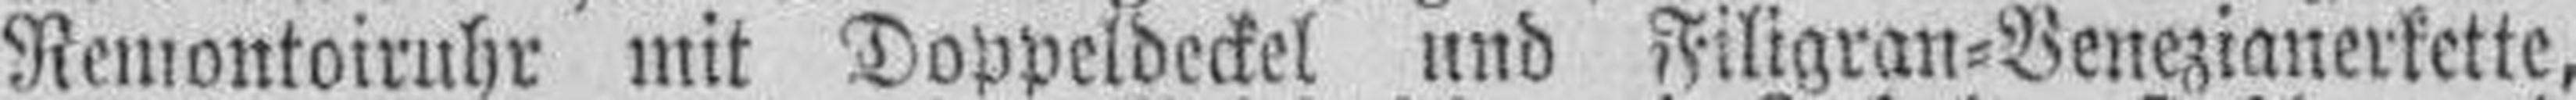
Remontoiruhr mit Doppeldeckel und Filigran=Venezianerkette,